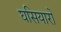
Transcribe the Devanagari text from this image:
घसियारों